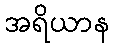
အရိယာန